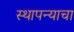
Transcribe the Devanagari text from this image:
स्थापन्याचा